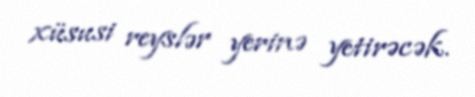
xüsusi reyslər yerinə yetirəcək.